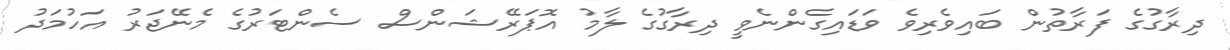
ދިރާގުގެ ފަރާތުން ބައިވެރިވެ ވަޑައިގެންނެވީ ދިރާގުގެ ލާމު އޮޕަރޭޝަންސް ސެންޓަރުގެ މެނޭޖަރު އަހުމަދު